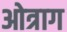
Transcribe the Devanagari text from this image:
ओत्राग